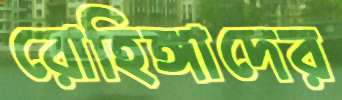
রোহিঙ্গাদের